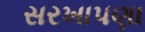
સરખાપણા